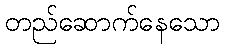
တည်ဆောက်နေသော